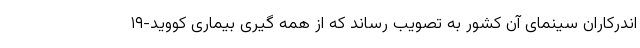
اندرکاران سینمای آن کشور به تصویب رساند که از همه گیری بیماری کووید-۱۹